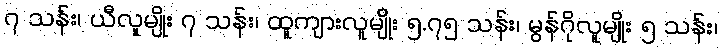
၇ သန်း၊ ယီလူမျိုး ၇ သန်း၊ ထူကျားလူမျိုး ၅.၇၅ သန်း၊ မွန်ဂိုလူမျိုး ၅ သန်း၊